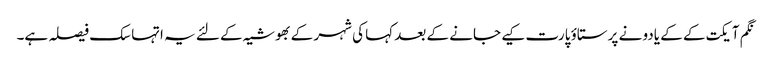
نگم آیکت کے کے یادو نے پرستاؤ پارت کیے جانے کے بعد کہا کی شہر کے بھوشیہ کے لئے یہ اتہاسک فیصلہ ہے۔